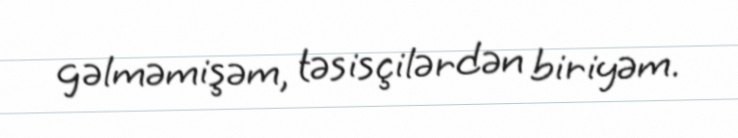
gəlməmişəm, təsisçilərdən biriyəm.